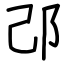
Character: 邔